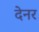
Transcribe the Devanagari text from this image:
देनर